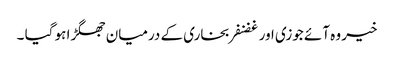
خیر وہ آئے جوزی اور غضنفر بخاری کے درمیان جھگڑا ہو گیا ۔